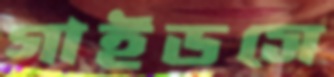
গাইডসে